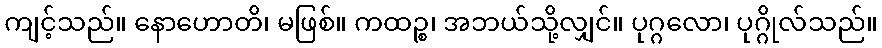
ကျင့်သည်။ နောဟောတိ၊ မဖြစ်။ ကထဉ္စ၊ အဘယ်သို့လျှင်။ ပုဂ္ဂလော၊ ပုဂ္ဂိုလ်သည်။